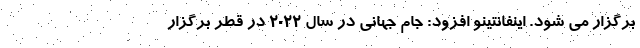
برگزار می شود. اینفانتینو افزود: جام جهانی در سال ۲۰۲۲ در قطر برگزار